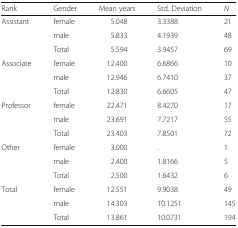
<table><thead><tr><td><b>Rank</b></td><td><b>Gender</b></td><td><b>Mean years</b></td><td><b>Std. Deviation</b></td><td><b><i>N</i></b></td></tr></thead><tbody><tr><td rowspan="3">Assistant</td><td>female</td><td>5.048</td><td>3.3388</td><td>21</td></tr><tr><td>male</td><td>5.833</td><td>4.1939</td><td>48</td></tr><tr><td>Total</td><td>5.594</td><td>3.9457</td><td>69</td></tr><tr><td rowspan="3">Associate</td><td>female</td><td>12.400</td><td>6.6866</td><td>10</td></tr><tr><td>male</td><td>12.946</td><td>6.7410</td><td>37</td></tr><tr><td>Total</td><td>12.830</td><td>6.6605</td><td>47</td></tr><tr><td rowspan="3">Professor</td><td>female</td><td>22.471</td><td>8.4270</td><td>17</td></tr><tr><td>male</td><td>23.691</td><td>7.7217</td><td>55</td></tr><tr><td>Total</td><td>23.403</td><td>7.8501</td><td>72</td></tr><tr><td rowspan="3">Other</td><td>female</td><td>3.000</td><td>.</td><td>1</td></tr><tr><td>male</td><td>2.400</td><td>1.8166</td><td>5</td></tr><tr><td>Total</td><td>2.500</td><td>1.6432</td><td>6</td></tr><tr><td rowspan="3">Total</td><td>female</td><td>12.551</td><td>9.9038</td><td>49</td></tr><tr><td>male</td><td>14.303</td><td>10.1251</td><td>145</td></tr><tr><td>Total</td><td>13.861</td><td>10.0731</td><td>194</td></tr></tbody></table>